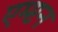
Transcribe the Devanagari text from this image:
एम्प्टन